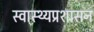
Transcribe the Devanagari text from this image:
स्वास्थ्यप्रशासन